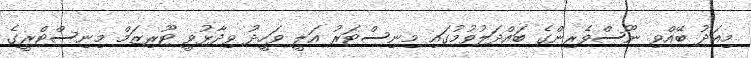
މިއަދު ބޭއްވި ނޫސްވެރިންގެ ބައްދަލުވުމުގައި މިނިސްޓަރު އަލީ ވަހީދު ވިދާޅުވީ ޓޫރިޒަމް މިނިސްޓްރީގެ